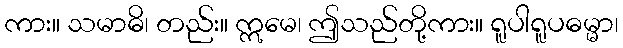
ကား။ သမာဓိ၊ တည်း။ ဣမေ၊ ဤသည်တို့ကား။ ရူပါရူပဓမ္မာ၊